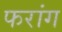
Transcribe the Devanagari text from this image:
फरांग